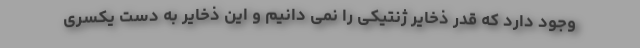
وجود دارد که قدر ذخایر ژنتیکی را نمی دانیم و این ذخایر به دست یکسری